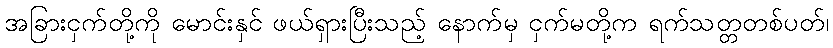
အခြားငှက်တို့ကို မောင်းနှင် ဖယ်ရှားပြီးသည့် နောက်မှ ငှက်မတို့က ရက်သတ္တတစ်ပတ်၊